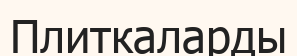
Плиткаларды